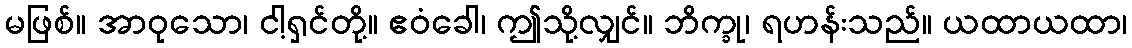
မဖြစ်။ အာဝုသော၊ ငါ့ရှင်တို့။ ဧဝံခေါ၊ ဤသို့လျှင်။ ဘိက္ခု၊ ရဟန်းသည်။ ယထာယထာ၊